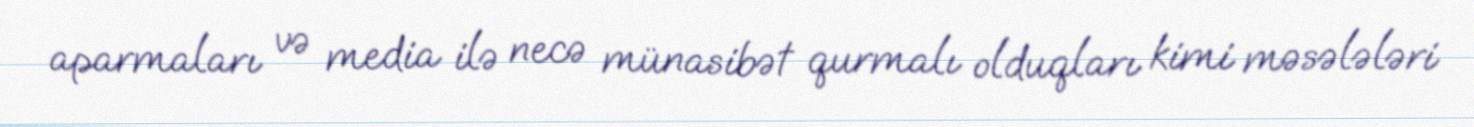
aparmaları və media ilə necə münasibət qurmalı olduqları kimi məsələləri